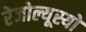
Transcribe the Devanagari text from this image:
रेजोल्यूस्यो